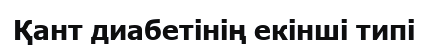
Қант диабетінің екінші типі